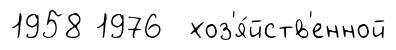
1958 1976 хоз'я́йств'енной